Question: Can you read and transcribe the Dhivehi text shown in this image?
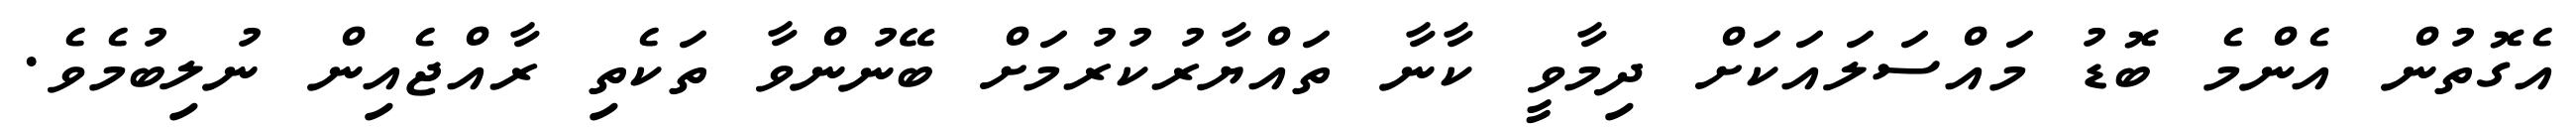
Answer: އެގޮތުން އެންމެ ބޮޑު މައްސަލައަކަށް ދިމާވީ ކާނާ ތައްޔާރުކުރުމަށް ބޭނުންވާ ތަކެތި ރާއްޖެއިން ނުލިބުމެވެ.